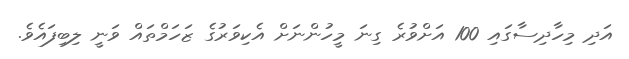
އަދި މިހާދިސާގައި 100 އަށްވުރެ ގިނަ މީހުންނަށް އެކިވަރުގެ ޒަހަމްތައް ވަނީ ލިބިފައެވެ.